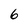
Character: 6